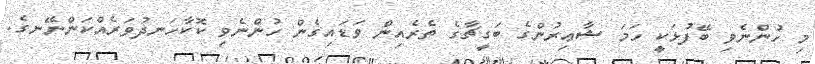
މި ހުންނެވި ބޭފުޅަކީ ހަމަ ޝާޢިރުންގެ ބަގީޗާގެ ތެރެއިން ވަޑައިގެން ހުންނެވި ކޮކާހަނދުވަރެއްކަންނޭނގެ.